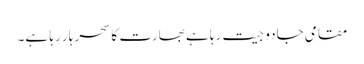
مقامی جادو جیت رہا ہے بھارت کا سحر ہار رہا ہے۔